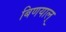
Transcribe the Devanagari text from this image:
बिणयाल्